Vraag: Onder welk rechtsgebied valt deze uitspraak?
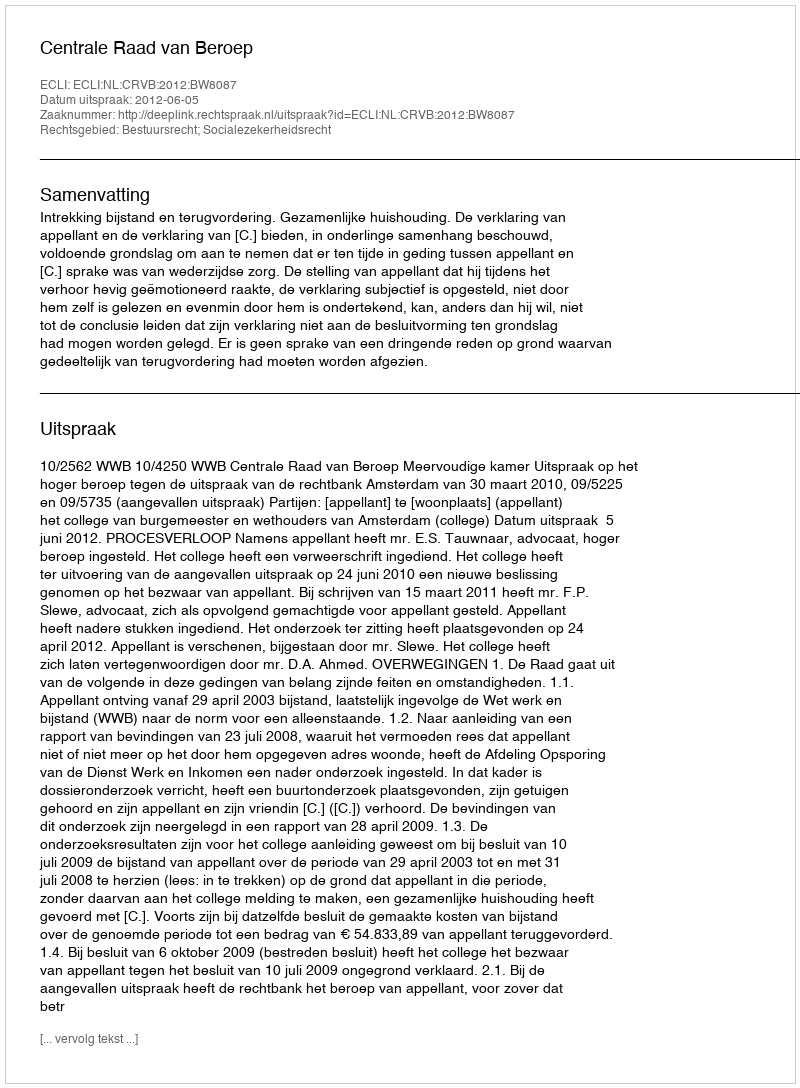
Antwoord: Bestuursrecht; Socialezekerheidsrecht